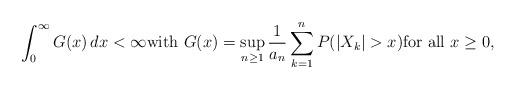
LaTeX: \begin{align*}\int_{0}^{\infty} G(x) \, dx < \infty \mbox{with } G(x) = \sup_{n \geq 1} \frac{1}{a_{n}} \sum_{k=1}^{n} P(|X_{k}| > x) \mbox{for all } x \geq 0,\end{align*}